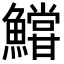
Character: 𩼝